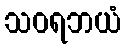
သဝရဘယံ